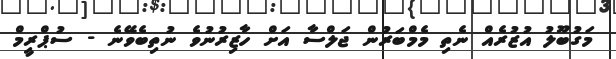
މަގުބޫލު އުޒުރެއް ނެތި މެމްބަރުން ޖަލްސާ އަށް ހާޒިރުނުވެ ނުތިބެވޭނެ - ސުޕްރީމް